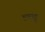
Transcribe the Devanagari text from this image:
इन्नाट्टु